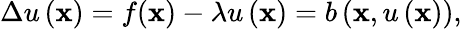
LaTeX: \Delta u\left(\mathbf{x}\right)=f(\mathbf{x})-\lambda u\left(\mathbf{x}\right)=b\left(\mathbf{x},u\left(\mathbf{x}\right)\right),